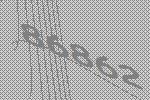
86862